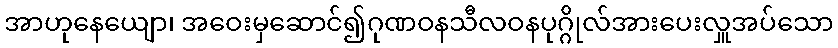
အာဟုနေယျော၊ အဝေးမှဆောင်၍ဂုဏဝနသီလဝနပုဂ္ဂိုလ်အားပေးလှူအပ်သော